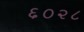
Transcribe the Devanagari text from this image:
६०२८